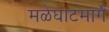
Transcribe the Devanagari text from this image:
मळेघाटमार्गे